Annual statistical returns and brief notes on vaccination in Bengal - 1887-1898
Year: 1887
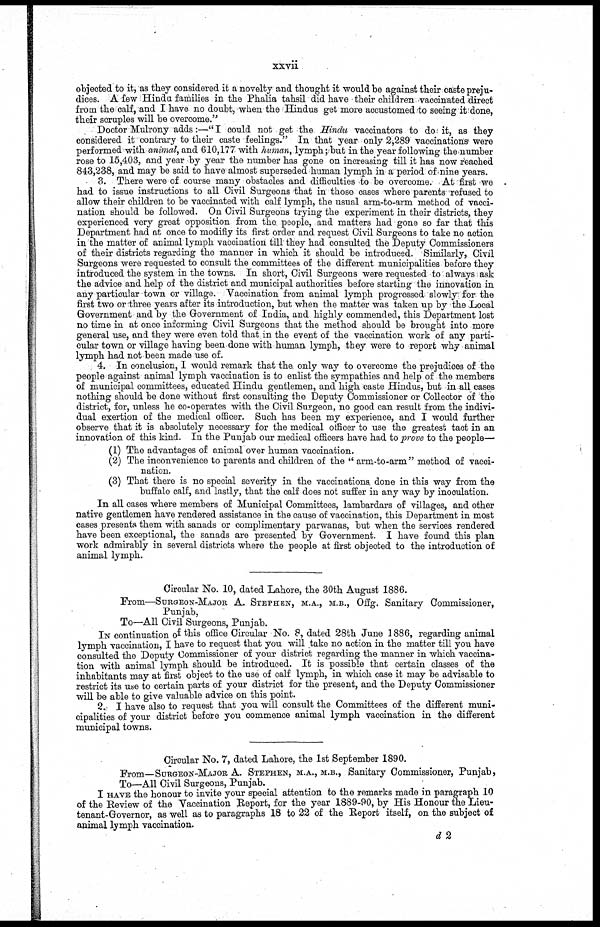
xxvii
objected to it, as they considered it a novelty and thought it would be against their caste preju-
dices. A few Hindu families in the Phalia tahsil did have their children vaccinated direct
from the calf, and I have no doubt, when the Hindus get more accustomed to seeing it done,
their scruples will be overcome."
Doctor Mulrony adds:—"I could not get the Hindu vaccinators to do it, as they
considered it contrary to their caste feelings." In that year only 2,289 vaccinations were
performed with animal, and 610,177 with human, lymph ; but in the year following the number
rose to 15,403, and year by year the number has gone on increasing till it has now reached
843,238, and may be said to have almost superseded human lymph in a period of nine years.
. 3. There were of course many obstacles and difficulties to be overcome. At first we
had to issue instructions to all Civil Surgeons that in those cases where parents refused to
allow their children to be vaccinated with calf lymph, the usual arm-to-arm method of vacci-
nation should be followed. On Civil Surgeons trying the experiment in their districts, they
experienced very great opposition from the people, and matters had gone so far that this
Department had at once to modifiy its first order and request Civil Surgeons to take no action
in the matter of animal lymph vaccination till they had consulted the Deputy Commissioners
of their districts regarding the manner in which it should be introduced. Similarly, Civil
Surgeons were requested to consult the committees of the different municipalities before they
introduced the system in the towns. In short, Civil Surgeons were requested to always ask
the advice and help of the district and municipal authorities before starting the innovation in
any particular town or village. Vaccination from animal lymph progressed slowly for the
first two or three years after its introduction, but when the matter was taken up by the Local
Government and by the Government of India, and highly commended, this Department lost
no time in at once informing Civil Surgeons that the method should be brought into more
general use, and they were even told that in the event of the vaccination work of any parti-
cular town or village having been done with human lymph, they were to report why animal
lymph had not been made use of.
4. In conclusion, I would remark that the, only way to overcome the prejudices of the
people against animal lymph vaccination is to enlist the sympathies and help of the members
of municipal committees, educated Hindu gentlemen, and high caste Hindus, but in all cases
nothing should be done without first consulting the Deputy Commissioner or Collector of the
district, for, unless he co-operates with the Civil Surgeon, no good can result from the indivi-
dual exertion of the medical officer. Such has been my experience, and I would further
observe that it is absolutely necessary for the medical officer to use the greatest tact in an
innovation of this kind. In the Punjab our medical officers have had to prove to the people—
(1) The advantages of animal over human vaccination.
(2) The inconvenience to parents and children of the " arm-to-arm " method of vacci-
nation.
(3) That there is no special severity in the vaccinations done in this way from the
buffalo calf, and lastly, that the calf does not suffer in any way by inoculation.
In all cases where members of Municipal Committees, lambardars of villages, and other
native gentlemen have rendered assistance in the cause of vaccination, this Department in most
cases presents them with sanads or complimentary parwanas, but when the services rendered
have been exceptional, the sanads are presented by Government. I have found this plan
work admirably in several districts where the people at first objected to the introduction of
animal lymph.
Circular No. 10, dated Lahore, the 30th August 1886.
From—SURGEON-MAJOR A. STEPHEN, M.A., M.B., Offg. Sanitary Commissioner,
Punjab,
To—All Civil Surgeons, Punjab.
IN continuation of this office Circular No. 8, dated 28th June 1886, regarding animal
lymph vaccination, I have to request that you will take no action in the matter till you have
consulted the Deputy Commissioner of your district regarding the manner in which vaccina-
tion with animal lymph should be introduced. It is possible that certain classes of the
inhabitants may at first object to the use of calf lymph, in which case it may be advisable to
restrict its use to certain parts of your district for the present, and the Deputy Commissioner
will be able to give valuable advice on this point.
2.- I have also to request that you will consult the Committees of the different muni-
cipalities of your district before you commence animal lymph vaccination in the different
municipal towns.
Circular No. 7, dated Lahore, the 1st September 1890.
From—SURGEON-MAJOR A. STEPHEN, M.A., M.B., Sanitary Commissioner, Punjab,
To—All Civil Surgeons, Punjab.
I HAVE the honour to invite your special attention to the remarks made in paragraph 10
of the Review of the Vaccination Report, for the year 1889-90, by His Honour the Lieu-
tenant-Governor, as well as to paragraphs 18 to 22 of the Report itself, on the subject of
animal lymph vaccination.
d 2